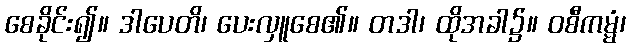
စေခိုင်း၍။ ဒါပေတိ၊ ပေးလှူစေ၏။ တဒါ၊ ထိုအခါ၌။ ဝစီကမ္မံ၊